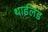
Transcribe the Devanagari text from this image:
थाईलंड